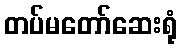
တပ်မတော်ဆေးရုံ